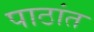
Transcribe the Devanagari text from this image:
पाठांत